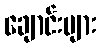
ချောင်းများ